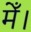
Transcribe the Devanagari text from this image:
मेँ।